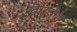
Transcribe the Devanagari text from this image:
खारवेलः